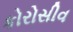
કોરોસીવ